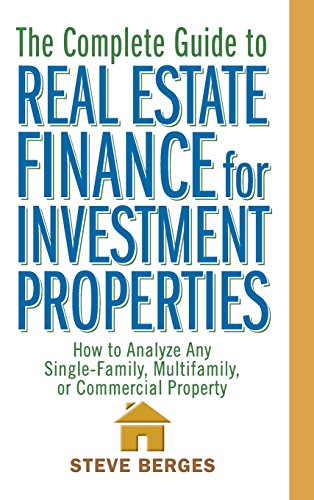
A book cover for The Complete Guide to Real Estate Finance for Investment Properties: How to Analyze Any Single-Family, Multifamily, or Commercial Property; Steve Berges; Business & Money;